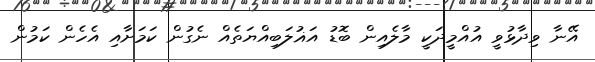
އޭނާ ވިދާޅުވީ އުއްމީދަކީ މާލެއިން ބޮޑު އަޣުލަބިއްޔަތެއް ނެގުން ކަމަށާއި އެހެން ކަމުން